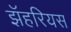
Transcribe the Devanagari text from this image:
झॅहरियस